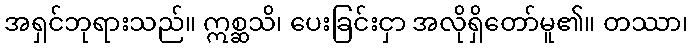
အရှင်ဘုရားသည်။ ဣစ္ဆသိ၊ ပေးခြင်းငှာ အလိုရှိတော်မူ၏။ တဿာ၊